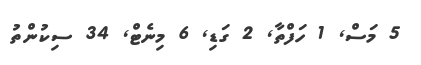
5 މަސް